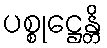
ပစ္စုဋ္ဌေန္တိ